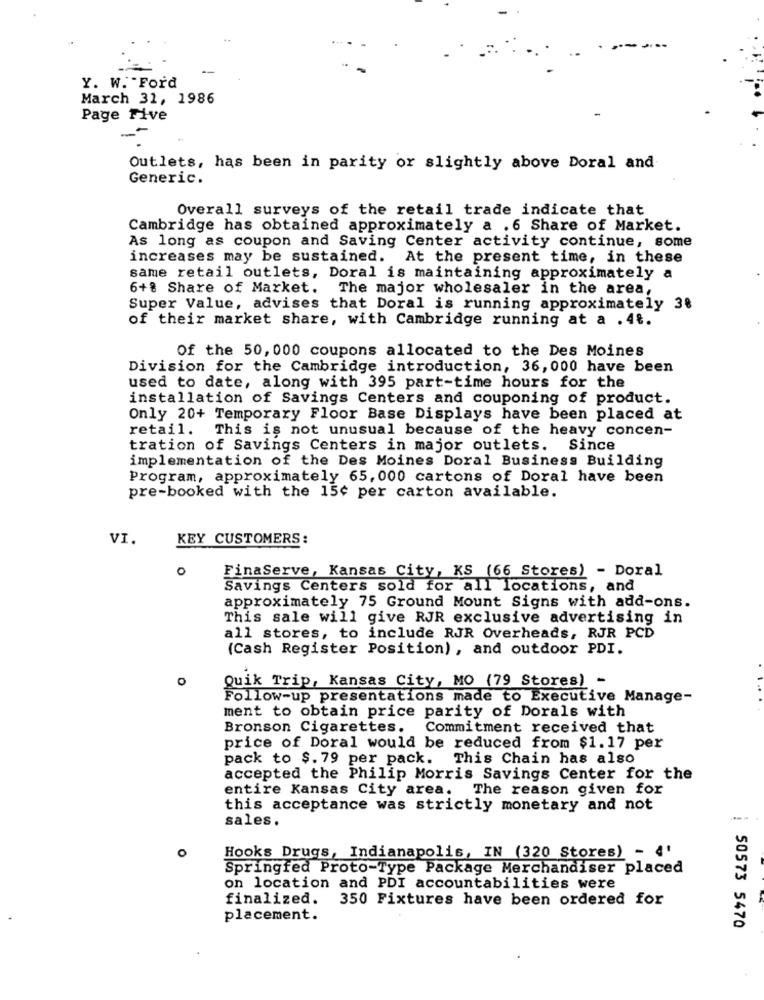
-
Y. W. Ford
March 31, 1986
Page Five
Outlets, has been in parity or slightly above Doral and
Generic.
Overall surveys of the retail trade indicate that
Cambridge has obtained approximately a .6 Share of Market.
As long as coupon and Saving Center activity continue, some
increases may be sustained. At the present time, in these
same retail outlets, Doral is maintaining approximately a
6+% Share of Market. The major wholesaler in the area,
Super Value, advises that Doral is running approximately 3%
of their market share, with Cambridge running at a . 4%.
Of the 50, 000 coupons allocated to the Des Moines
Division for the Cambridge introduction, 36, 000 have been
used to date, along with 395 part-time hours for the
installation of Savings Centers and couponing of product.
Only 20+ Temporary Floor Base Displays have been placed at
retail. This is not unusual because of the heavy concen-
tration of Savings Centers in major outlets.
Since
implementation of the Des Moines Doral Business Building
Program, approximately 65, 000 cartons of Doral have been
pre-booked with the 15¢ per carton available.
VI.
KEY CUSTOMERS:
0
FinaServe, Kansas City, KS (66 Stores) - Doral
Savings Centers sold for all locations, and
approximately 75 Ground Mount Signs with add-ons.
This sale will give RJR exclusive advertising in
all stores, to include RJR Overheads, RJR PCD
(Cash Register Position), and outdoor PDI.
Quik Trip, Kansas City, MO (79 Stores) -
Follow-up presentations made to Executive Manage-
ment to obtain price parity of Dorals with
Bronson Cigarettes.
Commitment received that
price of Doral would be reduced from $1.17 per
pack to $. 79 per pack. This Chain has also
accepted the Philip Morris Savings Center for the
entire Kansas City area.
The reason given for
this acceptance was strictly monetary and not
sales.
o
Hooks Drugs, Indianapolis, IN (320 Stores) - 4'
Springfed Proto-Type Package Merchandiser placed
on location and PDI accountabilities were
finalized.
350 Fixtures have been ordered for
placement.
50573 5470